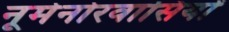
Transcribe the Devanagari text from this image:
नूमेनोरवासियों